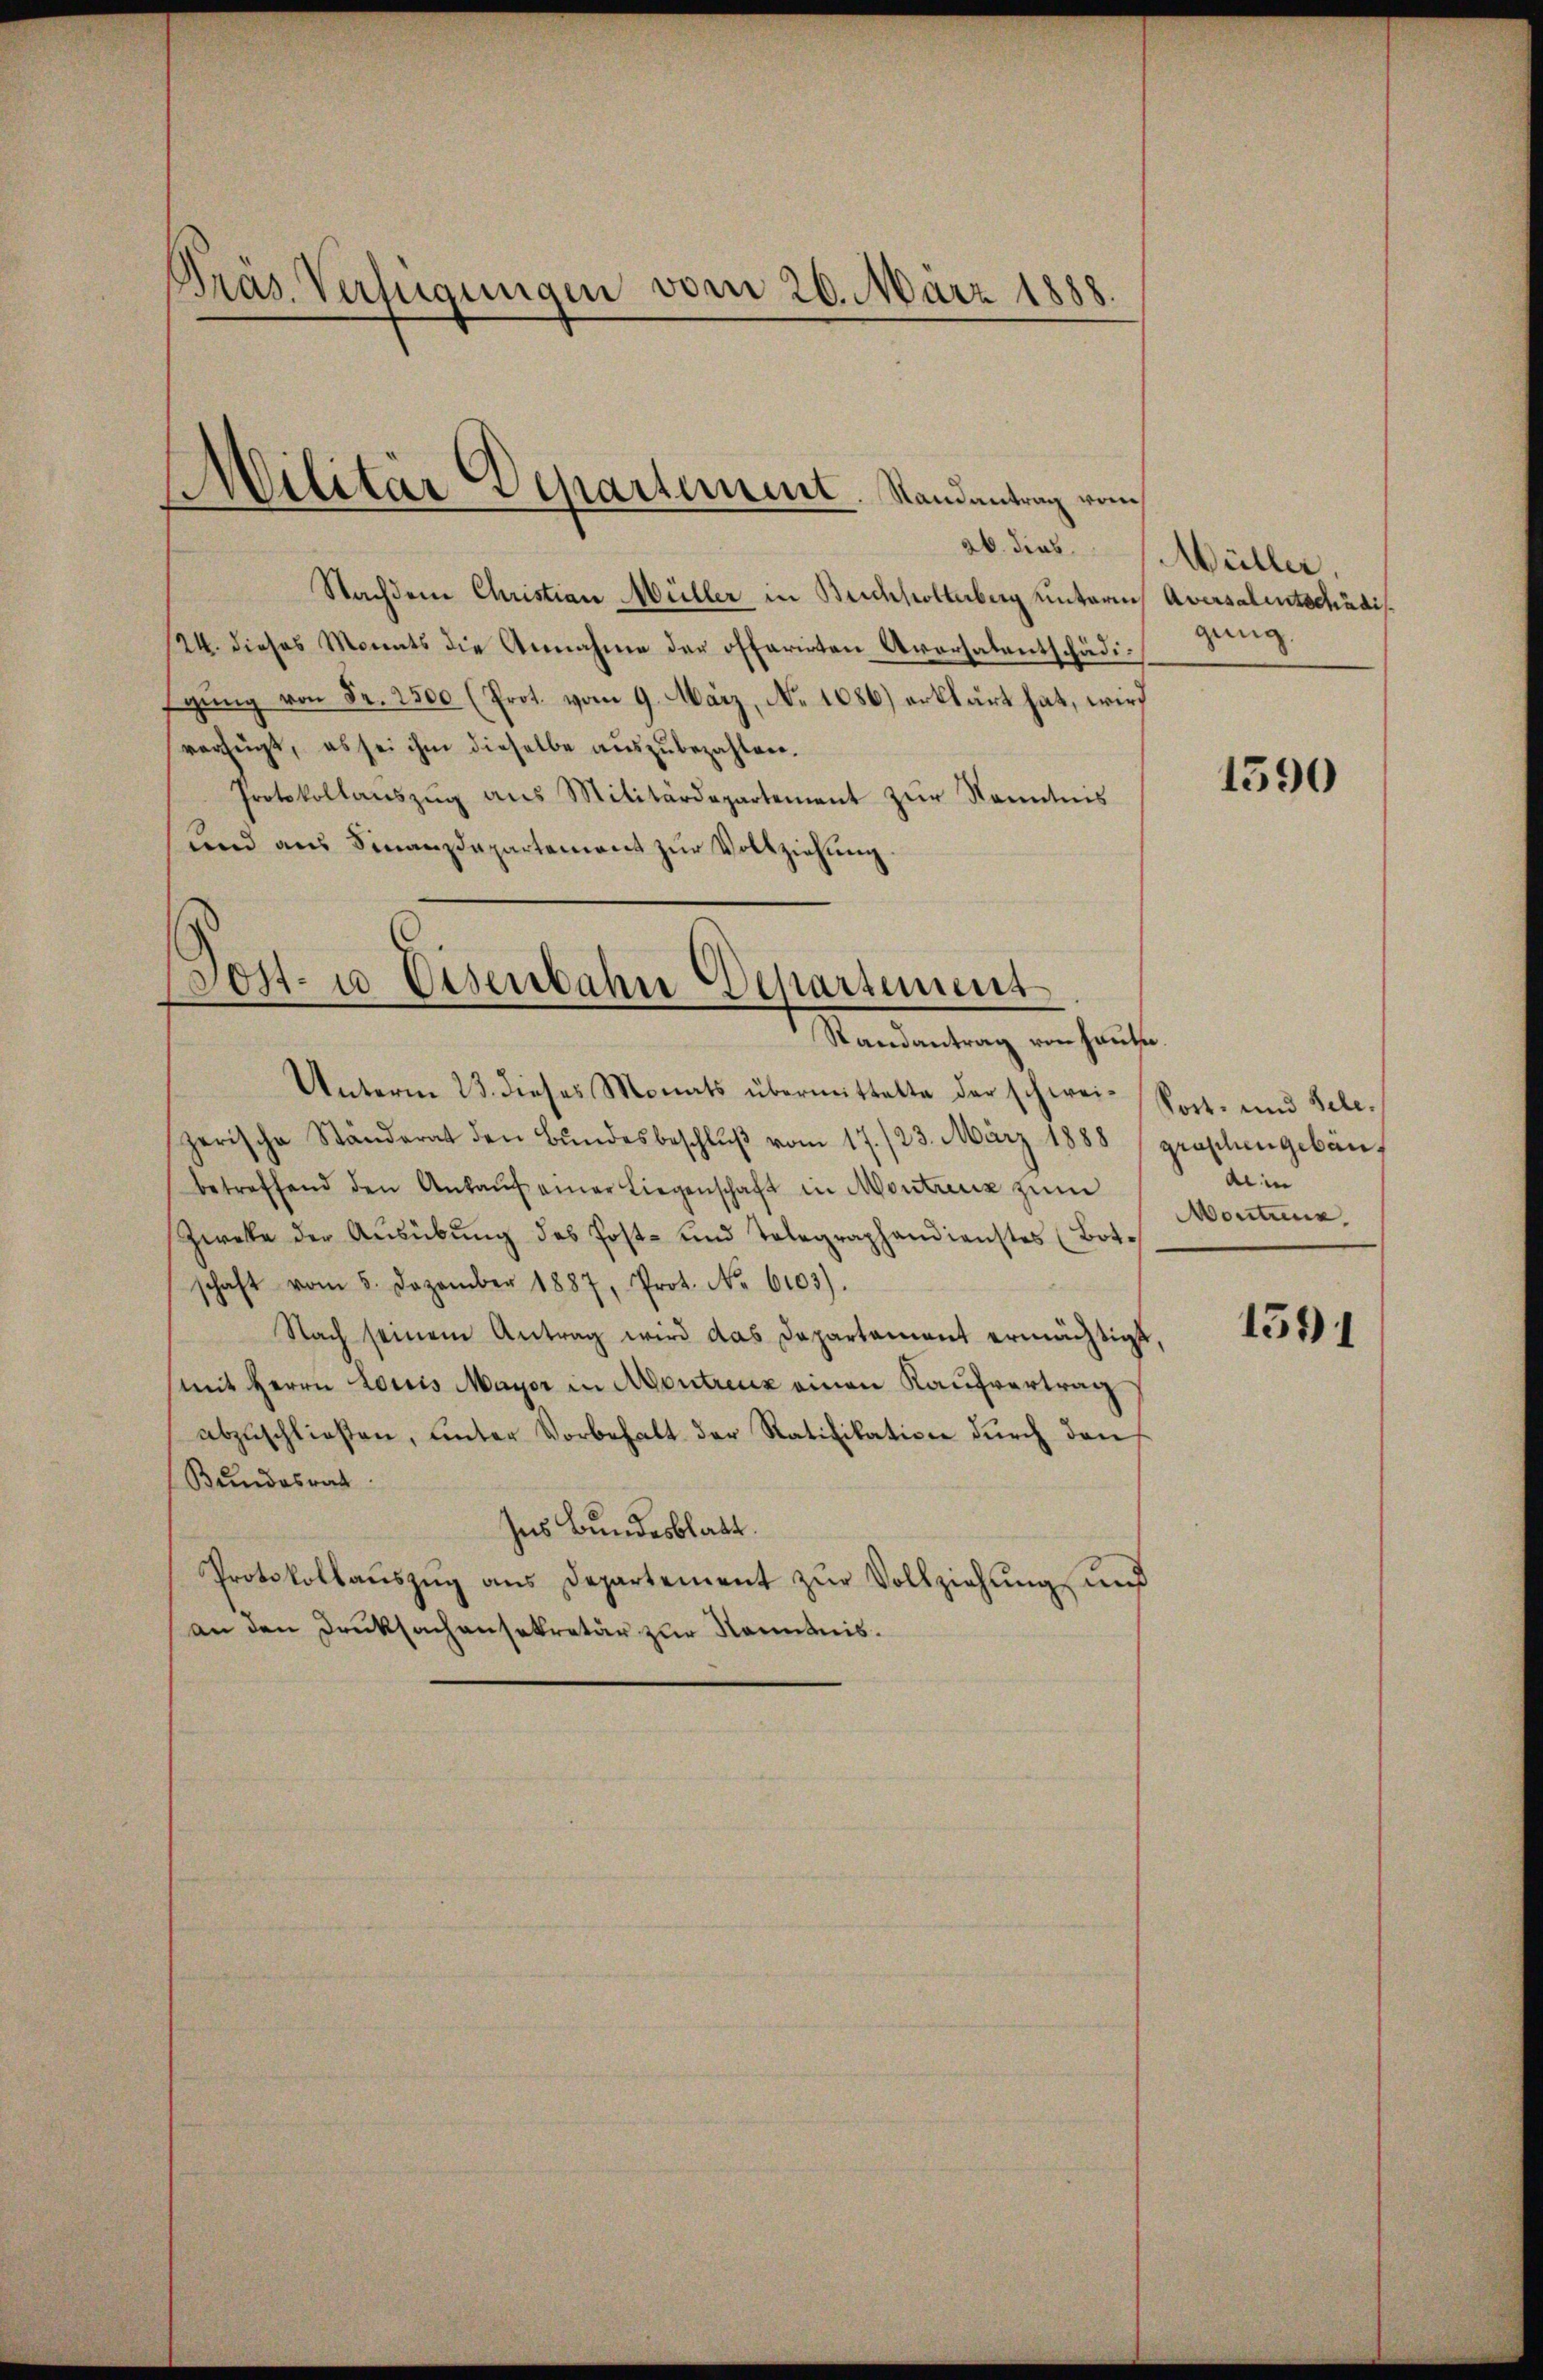
Präs. Verfügungen vom 20. März 1888.

Nachdem Christian Müller in Birchholterberg unterm Aversalentschädis
124. dieses Monats die Annahme der offerirten Aversalentschädigung von Fr. 2500 (Prot. vom 9. März, No 1086) erklärt hat, wird
verfügt, es sei ihm dieselbe auszubezahlen.
Protokollanszŭg ans Militärdepartement zŭr Kenntnis
und aus Finanzdepartement zur Vollziehung

Militär Departement. Randantrag vom
26. dies

Post- u Eisenbahn Departement
Randantrag von Hause
Unterm 23. dieses Monats übermittelte der schwei-Post- und Sele.

Wüller,
gung.

zerische Ständerat den Bŭndesbeschlŭβ vom 17./23. März 1888 / groschengebäubetreffend den Ankaŭf einer Liegenschaft in Montreuz zum
Zweke der Ausübung des Post- und Telegraphandienstes (Botschaft vom 5. Dezember 1887, Prot. No. 6103).
Nach seinem Antrag wird das Departament ermächtigt,
mit Herrn Loris Mayer in Abentreuz einen Kaufvertrag
abzuschließen, unter Vorbehalt der Ratifikation durch den
Bundesrat
Ins Bundesblatt.
Protokollaŭszŭg ans Departement zŭr Vollziehung und
an den Druksachensekretär zur Kenntnis.

1590

aiin
Montreux.

1591